Malaria in the Punjab - Number 46
Disease focus: Malaria
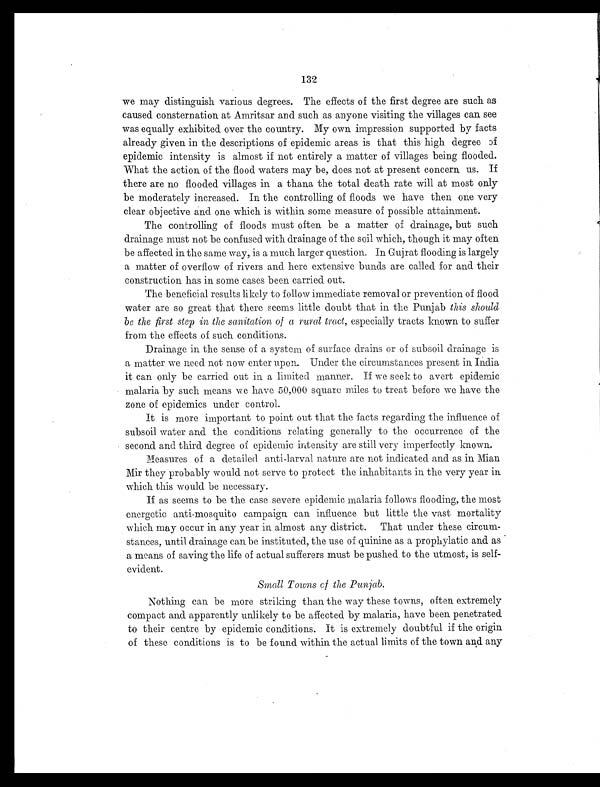
132
we may distinguish various degrees. The effects of the first degree are such as
caused consternation at Amritsar and such as anyone visiting the villages can see
was equally exhibited over the country. My own impression supported by facts
already given in the descriptions of epidemic areas is that this high degree of
epidemic intensity is almost if not entirely a matter of villages being flooded.
What the action of the flood waters may be, does not at present concern us. If
there are no flooded villages in a thana the total death rate will at most only
be moderately increased. In the controlling of floods we have then one very
clear objective and one which is within some measure of possible attainment.
The controlling of floods must often be a matter of drainage, but such
drainage must not be confused with drainage of the soil which, though it may often
be affected in the same way, is a much larger question. In Gujrat flooding is largely
a matter of overflow of rivers and here extensive bunds are called for and their
construction has in some cases been carried out.
The beneficial results likely to follow immediate removal or prevention of flood
water are so great that there seems little doubt that in the Punjab this should
be the first step in the sanitation of a rural tract, especially tracts known to suffer
from the effects of such conditions.
Drainage in the sense of a system of surface drains or of subsoil drainage is
a matter we need not now enter upon. Under the circumstances present in India
it can only be carried out in a limited manner. If we seek to avert epidemic
malaria by such means we have 50,000 square miles to treat before we have the
zone of epidemics under control.
It is more important to point out that the facts regarding the influence of
subsoil water and the conditions relating generally to the occurrence of the
second and third degree of epidemic intensity are still very imperfectly known.
Measures of a detailed anti-larval nature are not indicated and as in Mian
Mir they probably would not serve to protect the inhabitants in the very year in
which this would be necessary.
If as seems to be the case severe epidemic malaria follows flooding, the most
energetic anti-mosquito campaign can influence but little the vast mortality
which may occur in any year in almost any district. That under these circum-
stances, until drainage can be instituted, the use of quinine as a prophylatic and as
a means of saving the life of actual sufferers must be pushed to the utmost, is self-
evident.
Small Towns of the Punjab.
Nothing can be more striking than the way these towns, often extremely
compact and. apparently unlikely to be affected by malaria, have been penetrated
to their centre by epidemic conditions. It is extremely doubtful if the origin
of these conditions is to be found within the actual limits of the town and any